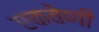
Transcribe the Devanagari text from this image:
एकवेणी